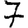
Digit: 7